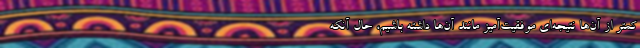
کمتر از آن‌ها نتیجه‌ای موفقیت‌آمیز مانند آن‌ها داشته باشیم، حال آنکه